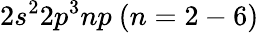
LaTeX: {{2s^{2}2p^{3}np~(n=2-6)}}